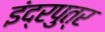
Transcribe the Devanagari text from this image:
इंद्रपुत्र